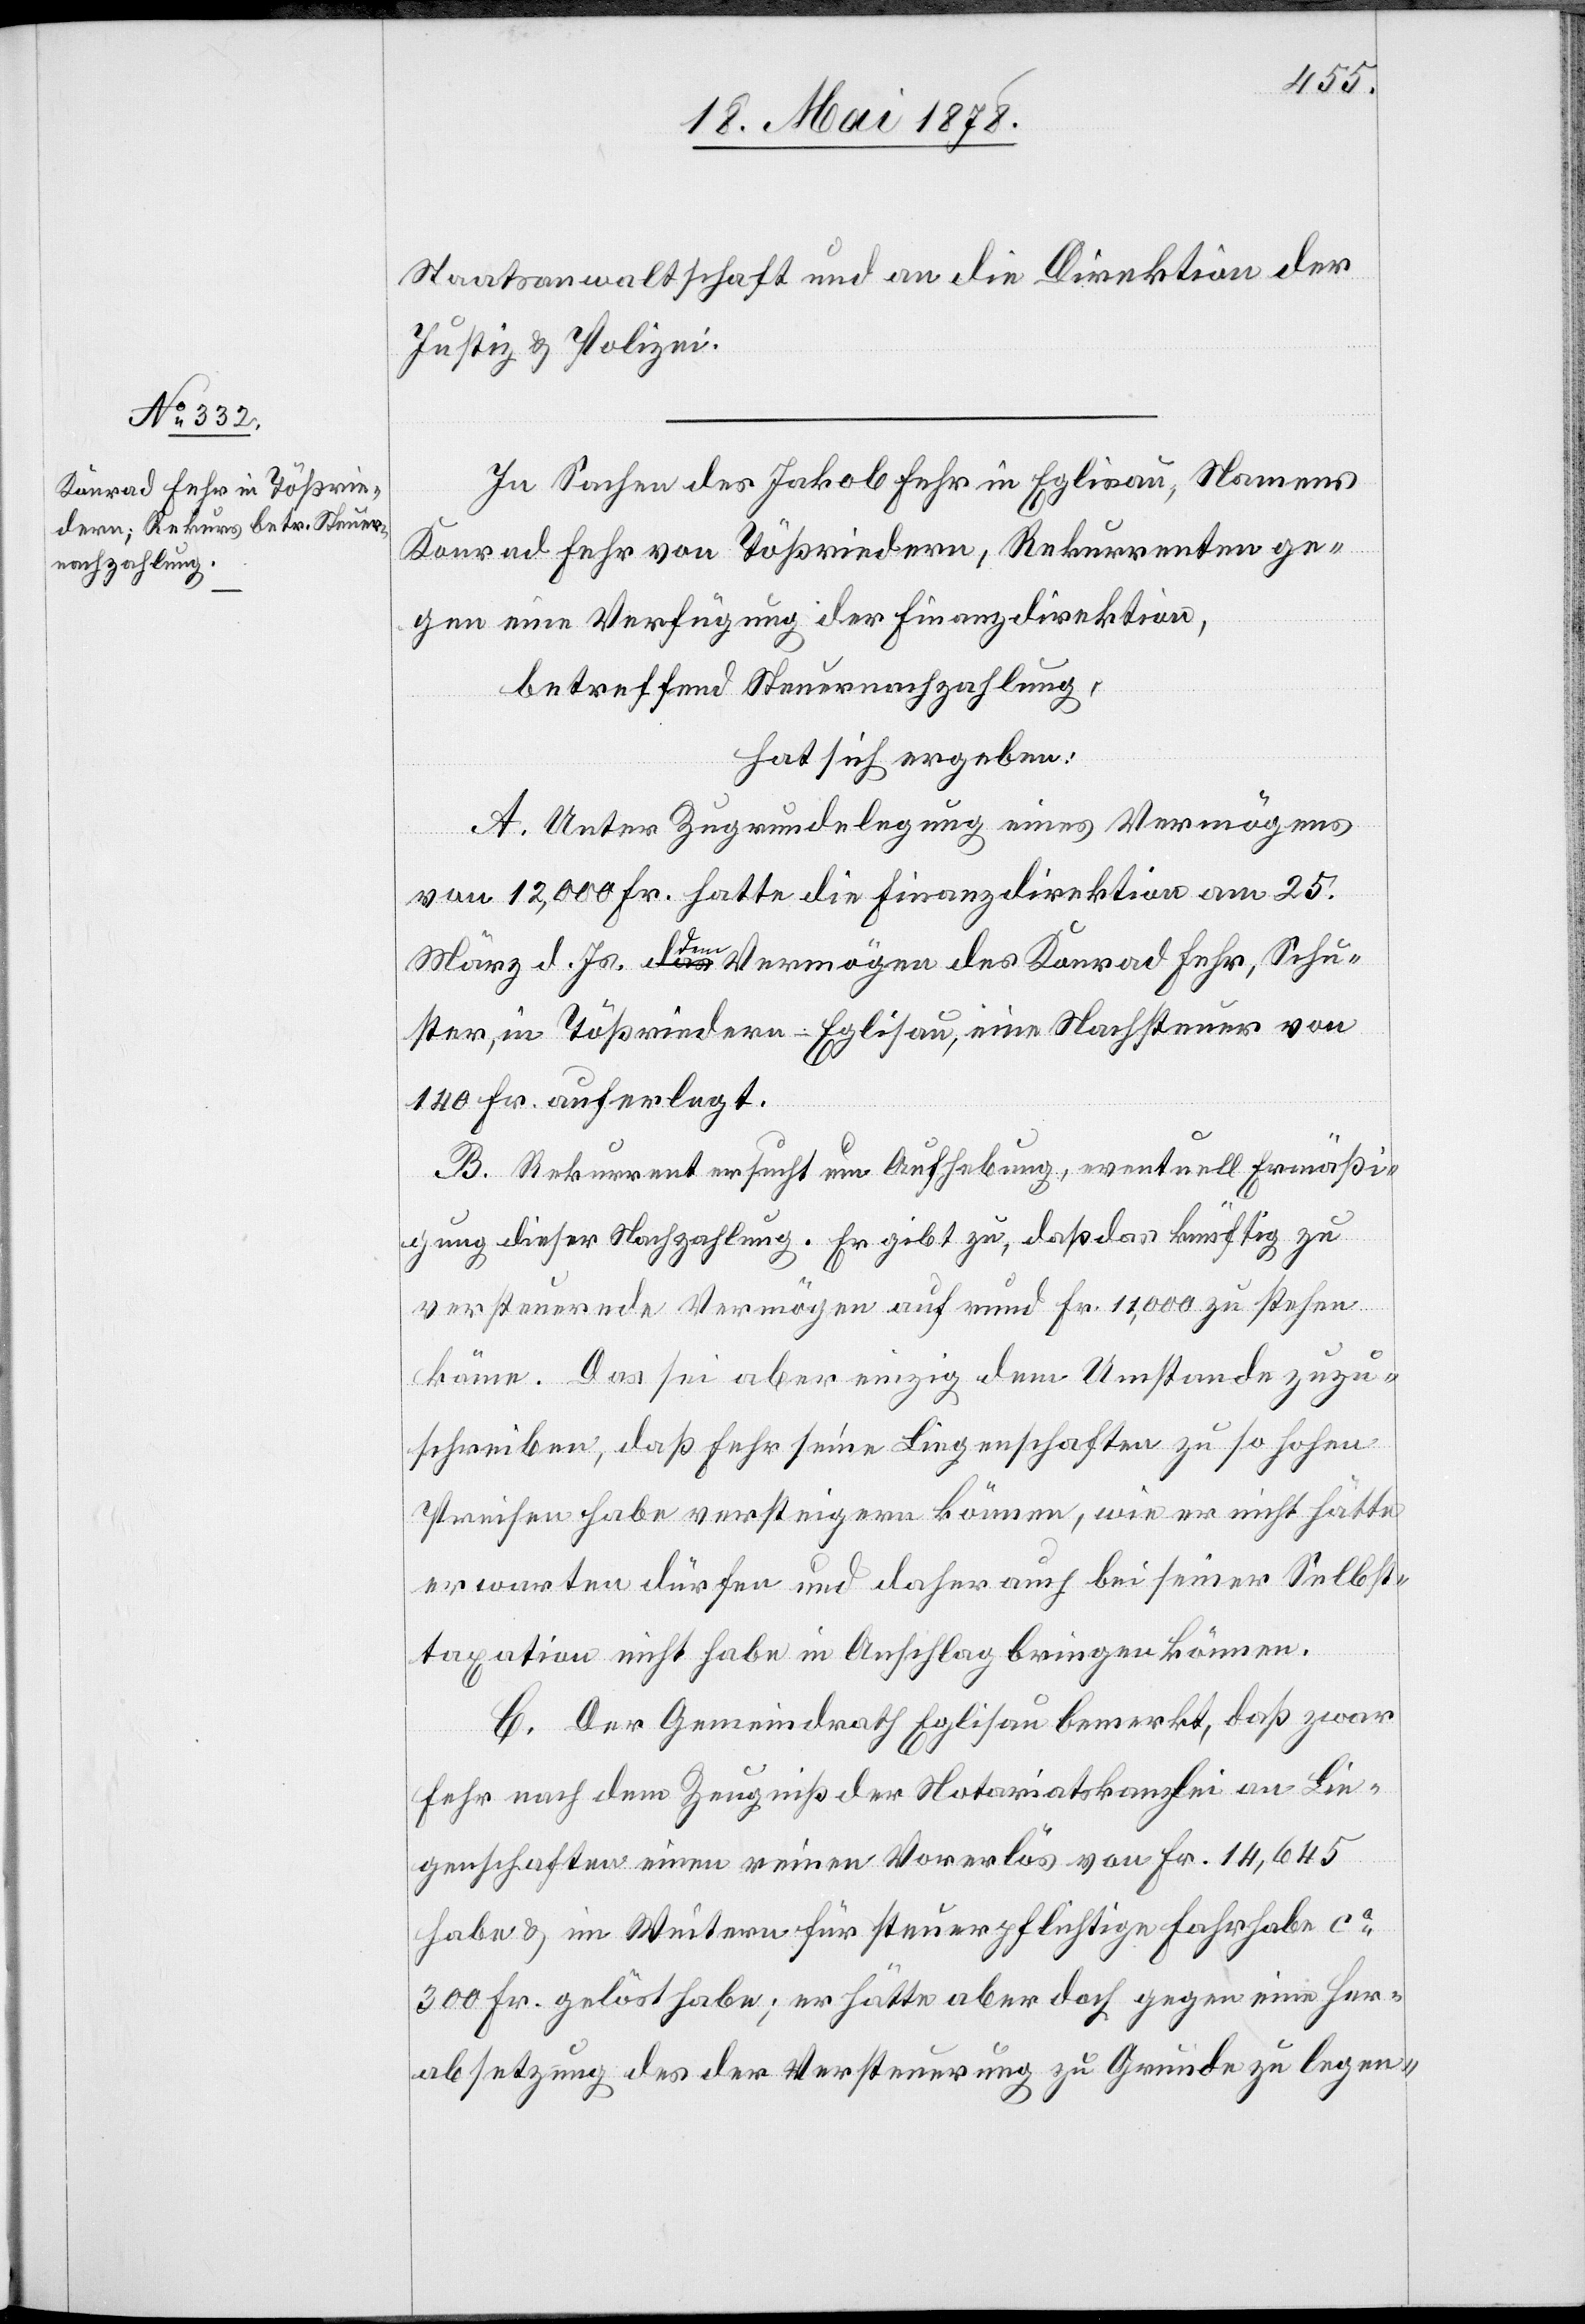
Staatsanwaltschaft und an die Direktion der
Justiz & Polizei.
In Sachen des Jakob Fehr in Eglisau, Namens
Konrad Fehr von Tößriedern, Rekurrenten ge¬
gen eine Verfügung der Finanzdirektion,
betreffend Steuernachzahlung,
hat sich ergeben:
A. Unter Zugrundelegung eines Vermögens
von 12,000 Fr. hatte die Finanzdirektion am 25.
März d. Js. dem Vermögen des Konrad Fehr, Schu¬
ster, in Tößriedern - Eglisau, eine Nachsteuer von
140 Fr. auferlegt.
B. Rekurrent ersucht um Aufhebung, eventuell Ermäßi¬
gung dieser Nachzahlung. Er gibt zu, daß das künftig zu
versteuernde Vermögen auf rund Fr. 11,000 zu stehen
käme. Das sei aber einzig dem Umstande zuzu¬
schreiben, daß Fehr seine Liegenschaften zu so hohen
Preisen habe versteigern können, wie er nicht hätte
erwarten dürfen und daher auch bei seiner Selbst¬
taxation nicht habe in Anschlag bringen können.
C. Der Gemeindrath Eglisau bemerkt, daß zwar
Fehr nach dem Zeugniß der Notariatskanzlei an Lie¬
genschaften einen reinen Vorerlös von Fr. 14,645
habe & im Weitern für steuerpflichtige Fahrhabe ca
300 Fr. gelöst habe; er hätte aber doch gegen eine Her¬
absetzung des der Versteuerung zu Grunde zu legen-